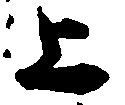
上